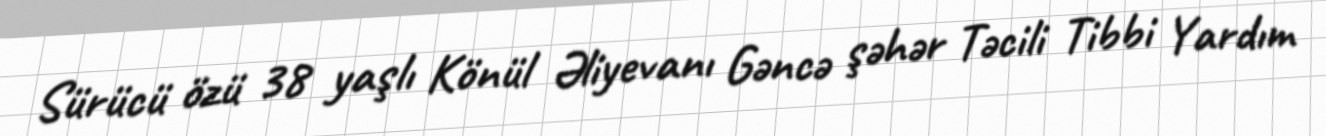
Sürücü özü 38 yaşlı Könül Əliyevanı Gəncə şəhər Təcili Tibbi Yardım